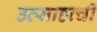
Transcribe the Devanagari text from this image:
उत्साहाची